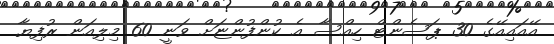
އޭއައިއޭގެ 30 ޕަސެންޓް ހިއްސާ އެ ކުންފުންޏަށް ވަނީ 60 މިލިއަން ރުފިޔާ